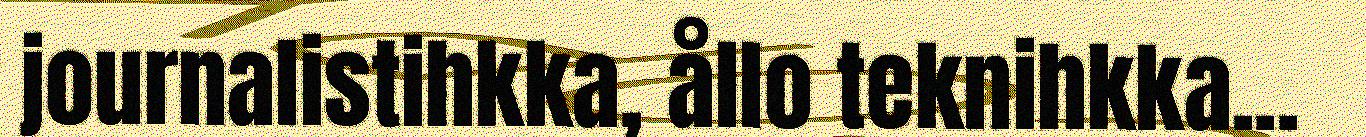
journalistihkka, ållo teknihkka...